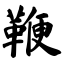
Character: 鞭